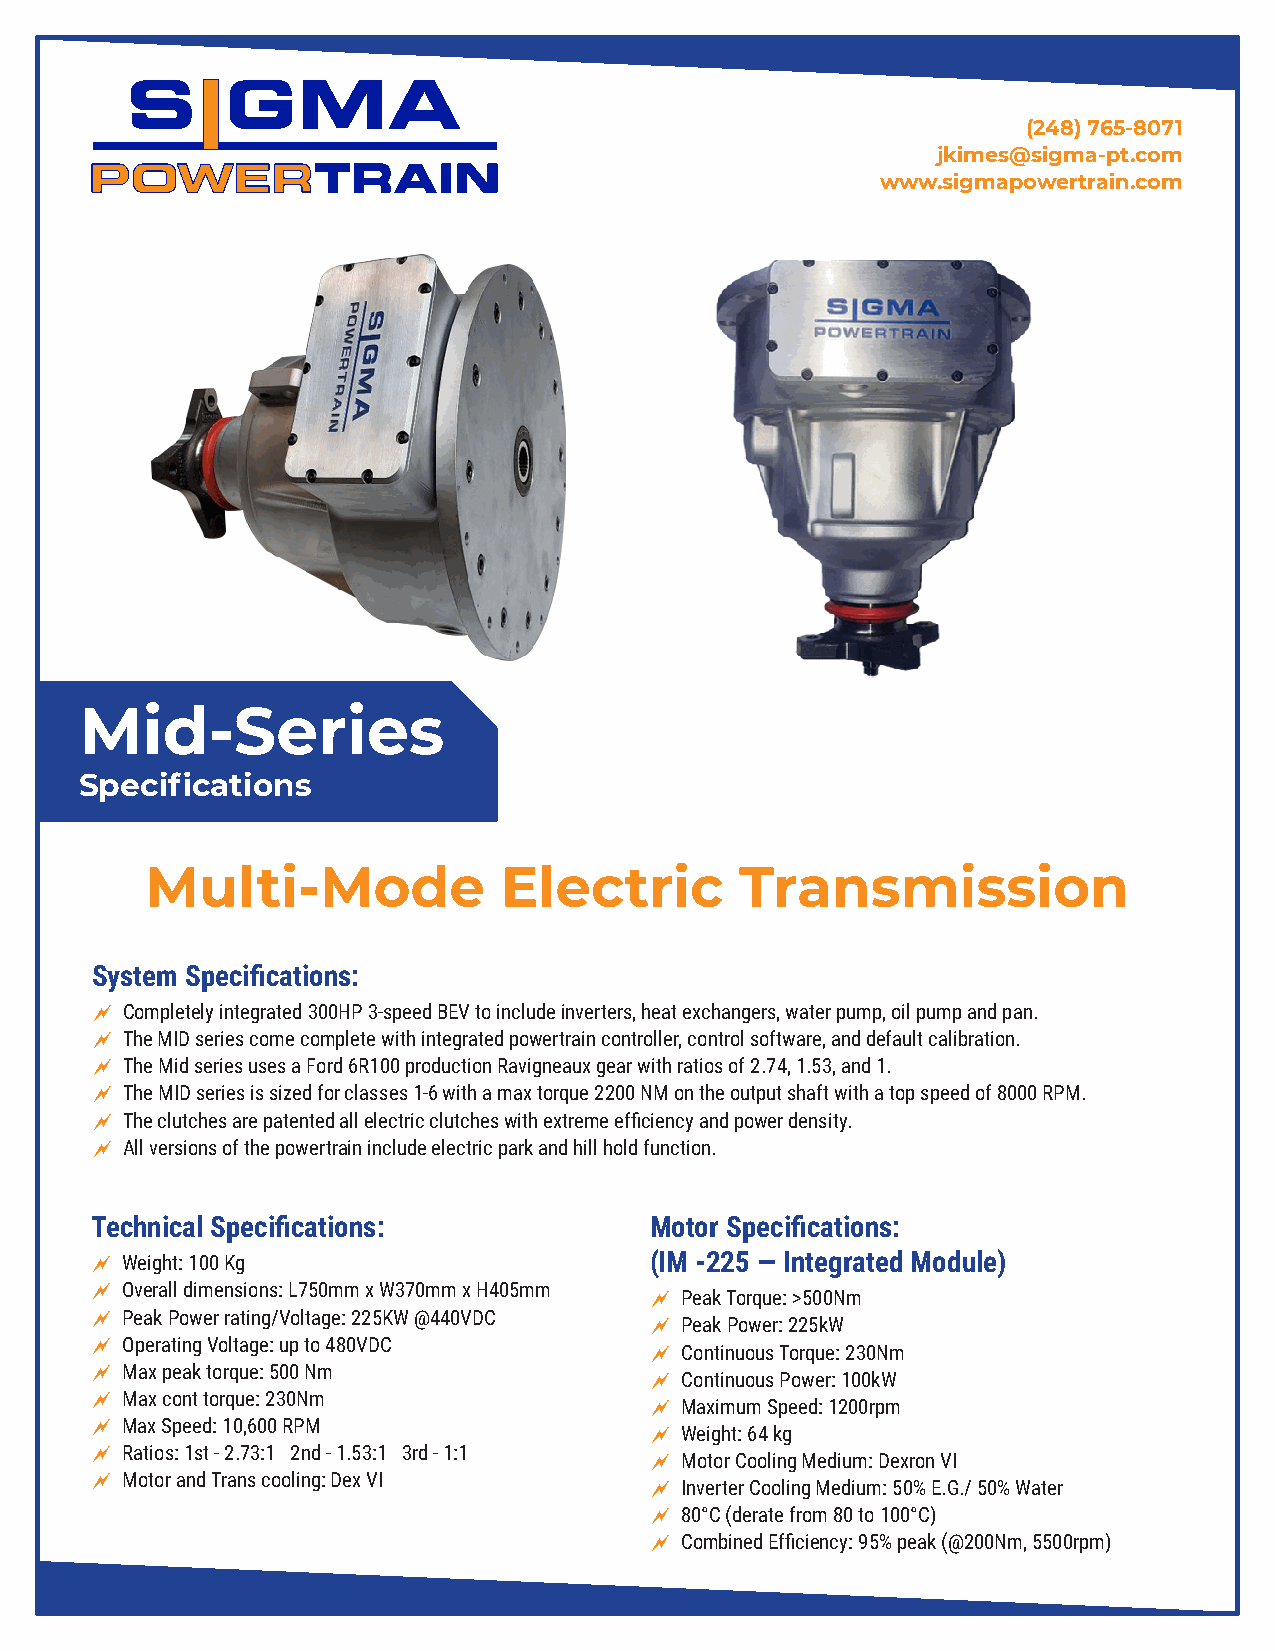
(248) 765-8071
 jkimes@sigma-pt.com
 www.sigmapowertrain.com
 Mid-Series
 Specifications
 Multi-Mode             Electric        Transmission
 System Specifications:
 ~ Completely integrated 300HP 3-speed BEV to include inverters, heat exchangers, water pump, oil pump and pan.
 ~ The MID series come complete with integrated powertrain controller, control software, and default calibration.
 ~ The Mid series uses a Ford 6R100 production Ravigneaux gear with ratios of 2.74, 1.53, and 1.
 ~ The MID series is sized for classes 1-6 with a max torque 2200 NM on the output shaft with a top speed of 8000 RPM.
 ~ The clutches are patented all electric clutches with extreme efficiency and power density.
 ~ All versions of the powertrain include electric park and hill hold function.
 Technical Specifications:            Motor Specifications:
 ~ Weight: 100 Kg                     (IM -225 — Integrated Module)
 ~ Overall dimensions: L750mm x W370mm x H405mm
 ~ Peak Torque: >500Nm
 ~ Peak Power rating/Voltage: 225KW @440VDC
 ~ Peak Power: 225kW
 ~ Operating Voltage: up to 480VDC
 ~ Continuous Torque: 230Nm
 ~ Max peak torque: 500 Nm
 ~ Continuous Power: 100kW
 ~ Max cont torque: 230Nm
 ~ Maximum Speed: 1200rpm
 ~ Max Speed: 10,600 RPM
 ~ Weight: 64 kg
 ~ Ratios: 1st - 2.73:1 2nd - 1.53:1 3rd - 1:1
 ~ Motor Cooling Medium: Dexron VI
 ~ Motor and Trans cooling: Dex VI
 ~ Inverter Cooling Medium: 50% E.G./ 50% Water
 ~ 80°C (derate from 80 to 100°C)
 ~ Combined Efficiency: 95% peak (@200Nm, 5500rpm)